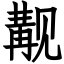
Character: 觏